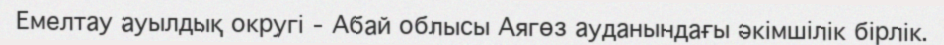
Емелтау ауылдық округі – Абай облысы Аягөз ауданындағы әкімшілік бірлік.